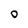
Character: O